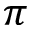
\pi